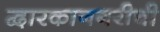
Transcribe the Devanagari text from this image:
द्वारकानगरीची